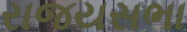
રાજયસભા